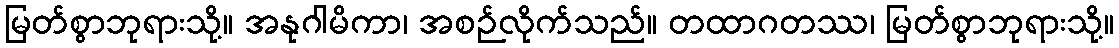
မြတ်စွာဘုရားသို့။ အနုဂါမိကာ၊ အစဉ်လိုက်သည်။ တထာဂတဿ၊ မြတ်စွာဘုရားသို့။